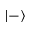
| - \rangle